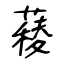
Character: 薐